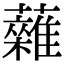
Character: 䕹